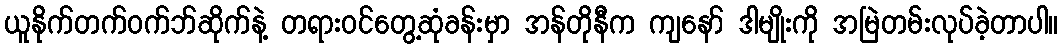
ယူနိုက်တက်ဝက်ဘ်ဆိုက်နဲ့ တရားဝင်တွေ့ဆုံခန်းမှာ အန်တိုနီက ကျနော် ဒါမျိုးကို အမြဲတမ်းလုပ်ခဲ့တာပါ။